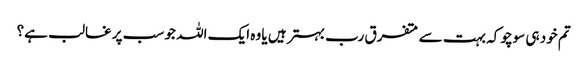
تم خود ہی سوچو کہ بہت سے متفرق رب بہتر ہیں یا وہ ایک اللہ جو سب پر غالب ہے؟